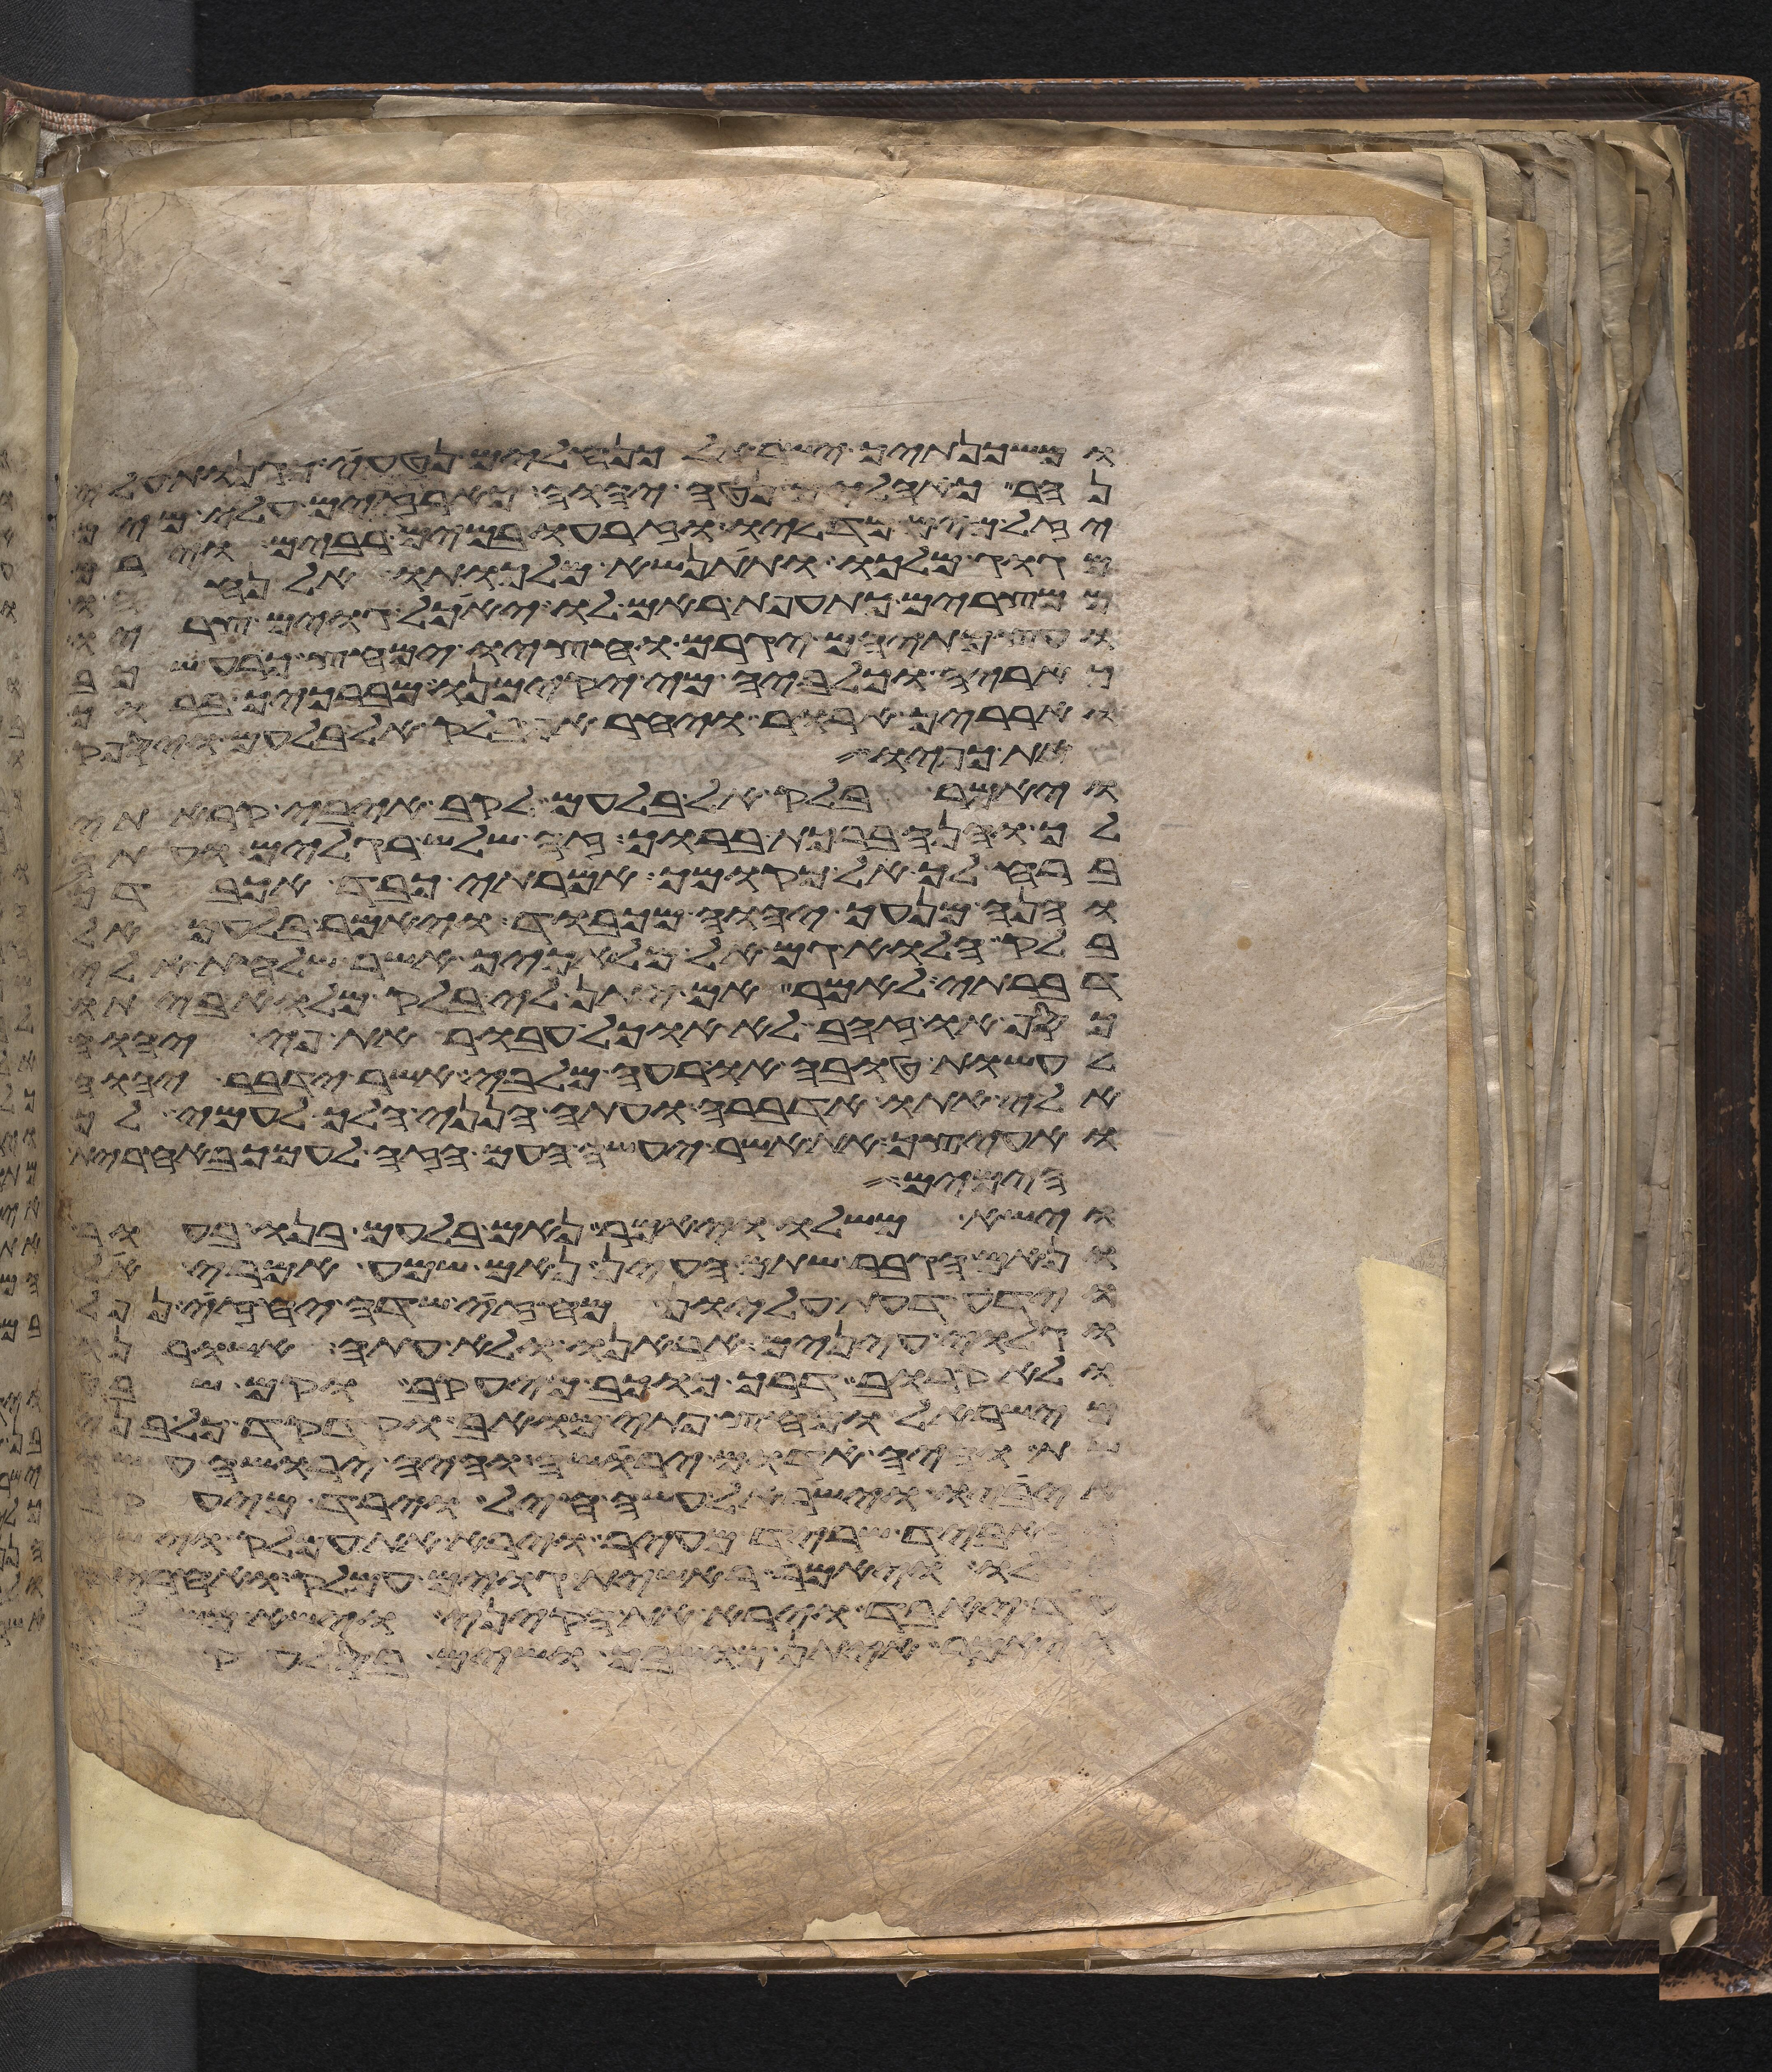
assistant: ומשכנתיך ישראל כנחלים נטוי כגנות עלי
נהר כאהלים נטה יהוה כארזים עלי מים
יזל מים מדליו וזרעו במים רבים וירם
מגוג מלכו ותתנשא מלכותו אל נחהו
ממצרים כתועפת ראם לו יאכל גוים צריו
ועצמתיהם יגרם וחציו ימחץ כרע שכב
כאריה וכלביה מי יקימנו מברכיך ברוך
וארריך ארור ויחר אף בלק אל בלעם ויספק
את כפיו
ויאמר בלק אל בלעם לקב איבי קראתי
לך והנה ברכת ברוך זה שלש רגלים ועתה
ברח לך אל מקומך אמרתי כבד אכבדך
והנה מנעך יהוה מכבוד ויאמר בלעם אל
בלק הלוא גם אל מלאכיך אשר שלחת אלי
דברתי לאמר אם יתן לי בלק מלוא ביתו
כסף או זהב לא אוכל אעבר את פי יהוה
לעשות טובה או רעה מלבי אשר ידבר יהוה
אלי אתו אדברה ועתה הנני הלך לעמי לך
ואעיצך את אשר יעשה העם הזה לעמך באחרית
הימים
וישא משלו ויאמר נאם בלעם בנו בעור
ונאם הגבר שתם העין נאם שמע אמרי אל
וידע דעת עליון מחזה שדה יחזה נפל
וגלוי עינים אראנו ולא עתה אשורנו
ולא קרוב דרך כוכב מיעקב וקם שבט
מישראל מחץ פתי מואב וקדקד כל בני
שת והיה אדום ירשה והיה ירשה עשו
איביו וישראל עשה חיל וירד מיעקב
והאביד שריד מעיר וירא את עמלק וישא
משלו ויאמר ראשית גוים עמלק ואחריתו
עד יאבד וירא את הקיני וישא משלו
ויאמר איתן מושבך ושים בסלע